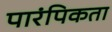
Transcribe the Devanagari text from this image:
पारंपिकता